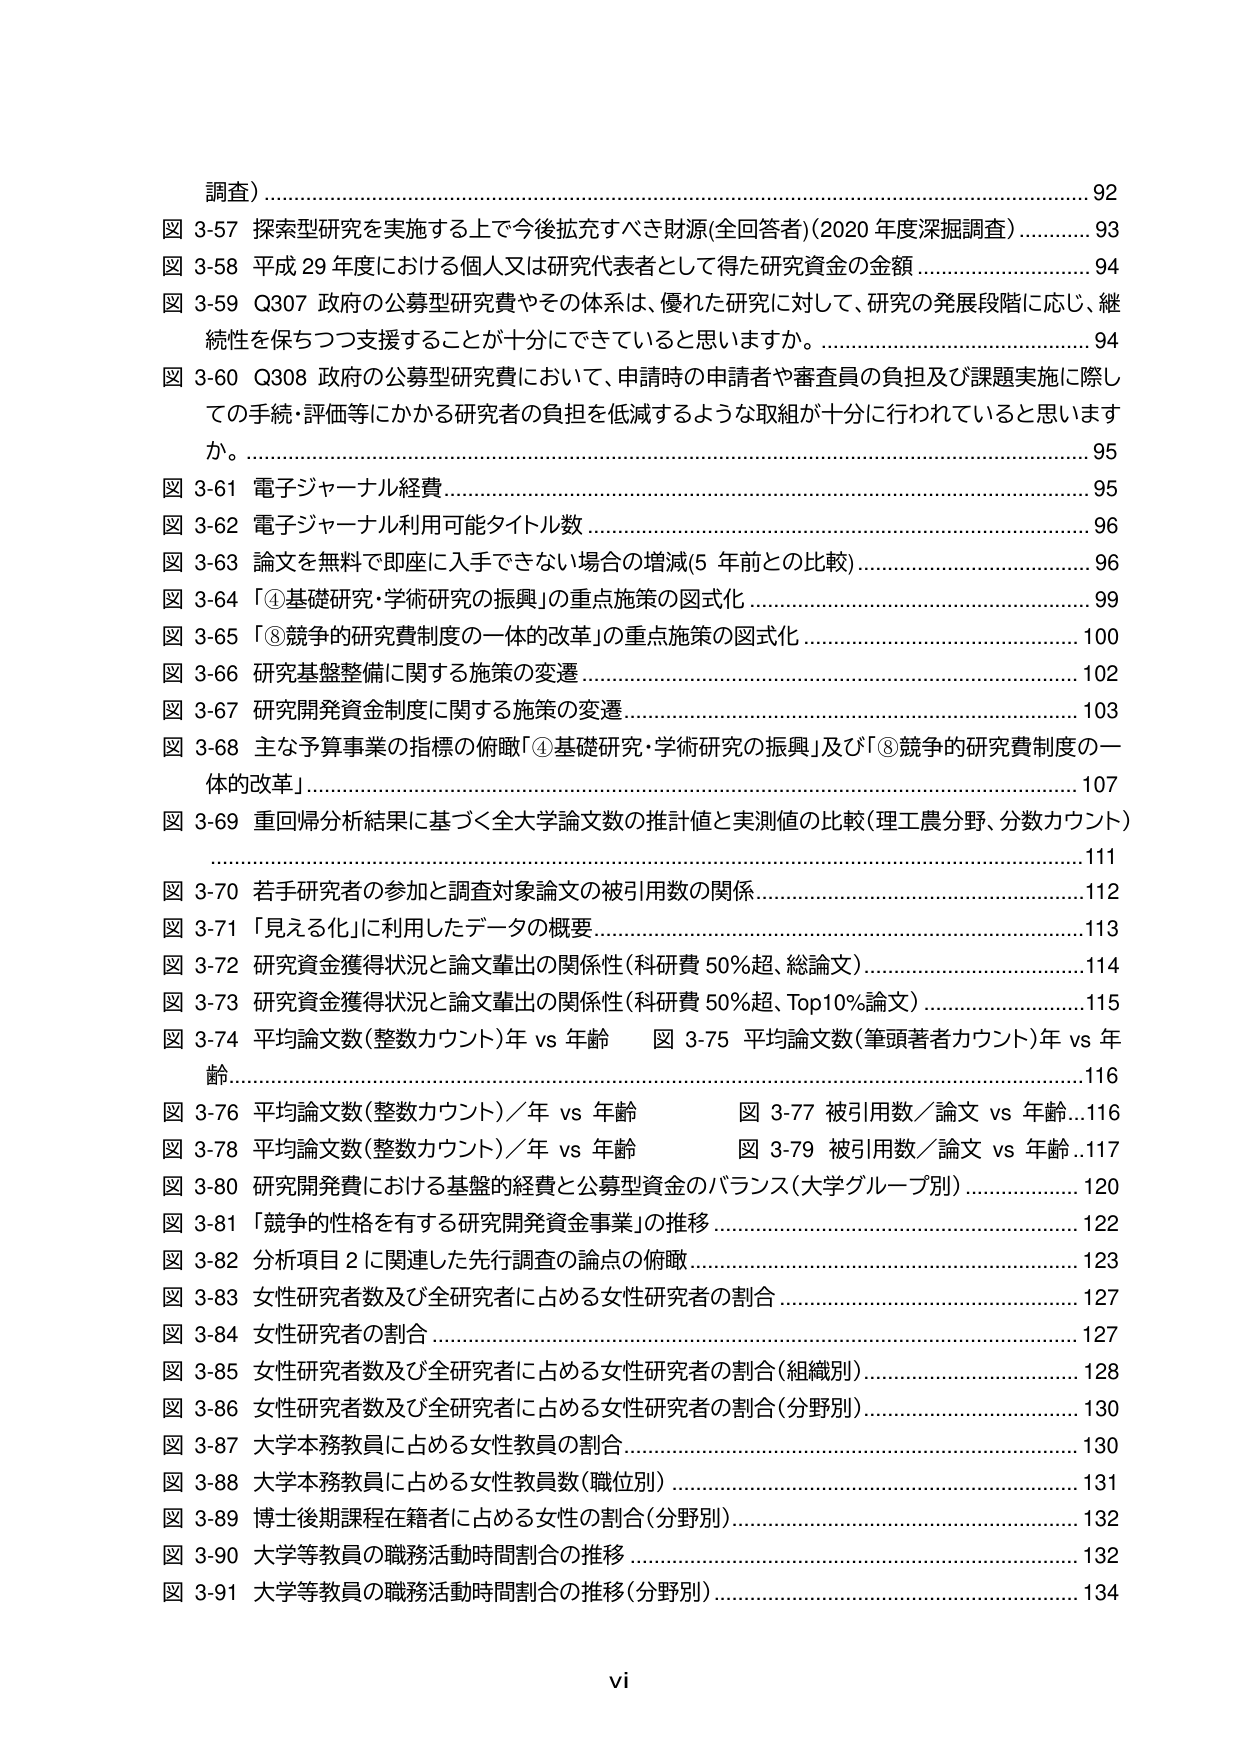
調査）……………………………………………………………………………………………………92
図 3-57 探索型研究を実施する上で今後拡充すべき財源(全回答者)(2020 年度深掘調査) …………93
図 3-58 平成 29 年度における個人又は研究代表者として得た研究資金の金額 …………………94
図 3-59 Q307 政府の公募型研究費やその体系は、優れた研究に対して、研究の発展段階に応じ、継続性を保ちつつ支援することが十分にできていると思いますか。 ………………………………94
図 3-60 Q308 政府の公募型研究費において、申請時の申請者や審査員の負担及び課題実施に際しての手続・評価等にかかる研究者の負担を低減するような取組が十分に行われていると思いますか。 ………………………………………………………………………………………………95
図 3-61 電子ジャーナル経費 ………………………………………………………………………95
図 3-62 電子ジャーナル利用可能タイトル数 ……………………………………………………96
図 3-63 論文を無料で即座に入手できない場合の増減(5 年前との比較) ………………………96
図 3-64 「④基礎研究・学術研究の振興」の重点施策の図式化 ………………………………99
図 3-65 「⑧競争的研究費制度の一体的改革」の重点施策の図式化 …………………………100
図 3-66 研究基盤整備に関する施策の変遷 ……………………………………………………102
図 3-67 研究開発資金制度に関する施策の変遷 ………………………………………………103
図 3-68 主な予算事業の指標の俯瞰「①基礎研究・学術研究の振興」及び「⑧競争的研究費制度の一体的改革」 …………………………………………………………………………………107
図 3-69 重回帰分析結果に基づく全大学論文数の推計値と実測値の比較(理工農分野、分数カウント) ………………………………………………………………………………………………111
図 3-70 若手研究者の参加と調査対象論文の被引用数の関係 ………………………………112
図 3-71 「見える化」に利用したデータの概要 ………………………………………………113
図 3-72 研究資金獲得状況と論文輩出の関係性(科研費 50%超、総論文) ……………………114
図 3-73 研究資金獲得状況と論文輩出の関係性(科研費 50%超、Top10%論文) ………………115
図 3-74 平均論文数(整数カウント)年 vs 年齢 図 3-75 平均論文数(筆頭著者カウント)年 vs 年齢 ………………………………………………………………………………………………116
図 3-76 平均論文数(整数カウント)／年 vs 年齢 図 3-77 被引用数／論文 vs 年齢 ………116
図 3-78 平均論文数(整数カウント)／年 vs 年齢 図 3-79 被引用数／論文 vs 年齢 ………117
図 3-80 研究開発費における基盤的経費と公募型資金のバランス(大学グループ別) ………120
図 3-81 「競争的性格を有する研究開発資金事業」の推移 …………………………………122
図 3-82 分析項目 2 に関連した先行調査の論点の俯瞰 ………………………………………123
図 3-83 女性研究者数及び全研究者に占める女性研究者の割合 ……………………………127
図 3-84 女性研究者の割合 ………………………………………………………………………127
図 3-85 女性研究者数及び全研究者に占める女性研究者の割合(組織別) ……………………128
図 3-86 女性研究者数及び全研究者に占める女性研究者の割合(分野別) ……………………130
図 3-87 大学本務教員に占める女性教員の割合 ………………………………………………130
図 3-88 大学本務教員に占める女性教員数(職位別) …………………………………………131
図 3-89 博士後期課程在籍者に占める女性の割合(分野別) …………………………………132
図 3-90 大学等教員の職務活動時間割合の推移 ………………………………………………132
図 3-91 大学等教員の職務活動時間割合の推移(分野別) ……………………………………134
vi